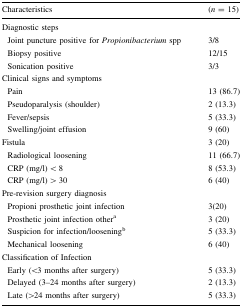
| Characteristics | (n = 15) |
 | --- | --- |
 | Diagnostic steps |  |
 | Joint puncture positive for Propionibacterium spp | 3/8 |
 | Biopsy positive | 12/15 |
 | Sonication positive | 3/3 |
 | Clinical signs and symptoms |  |
 | Pain | 13 (86.7) |
 | Pseudoparalysis (shoulder) | 2 (13.3) |
 | Fever/sepsis | 5 (33.3) |
 | Swelling/joint effusion | 9 (60) |
 | Fistula | 3 (20) |
 | Radiological loosening | 11 (66.7) |
 | CRP (mg/l) < 8 | 8 (53.3) |
 | CRP (mg/l) > 30 | 6 (40) |
 | Pre-revision surgery diagnosis |  |
 | Propioni prosthetic joint infection | 3(20) |
 | Prosthetic joint infection othera | 3 (20) |
 | Suspicion for infection/looseningb | 5 (33.3) |
 | Mechanical loosening | 6 (40) |
 | Classification of Infection |  |
 | Early (<3 months after surgery) | 5 (33.3) |
 | Delayed (3–24 months after surgery) | 2 (13.3) |
 | Late (>24 months after surgery) | 5 (33.3) |